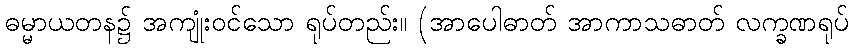
ဓမ္မာယတန၌ အကျုံးဝင်သော ရုပ်တည်း။ (အာပေါဓာတ် အာကာသဓာတ် လက္ခဏရုပ်